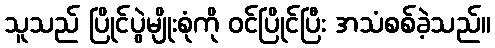
သူသည် ပြိုင်ပွဲမျိုးစုံကို ဝင်ပြိုင်ပြီး အသံစစ်ခဲ့သည်။